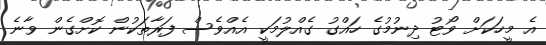
އެ މީހަކަށް ވޯޓު ދިނުމުގެ ހައްގު ގެއްލުމަކީ އެއްވެސް ފަރާތަކުން ކޮށްގެން ވާނެ